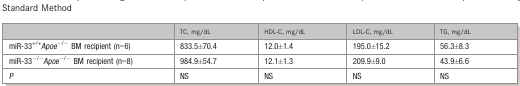
<table><thead><tr><td></td><td><b>TC, mg/dL</b></td><td><b>HDL-C, mg/dL</b></td><td><b>LDL-C, mg/dL</b></td><td><b>TG, mg/dL</b></td></tr></thead><tbody><tr><td>miR-33<sup>+/+</sup><i>Apoe</i><sup>−/−</sup> BM recipient (n=6)</td><td>833.5±70.4</td><td>12.0±1.4</td><td>195.0±15.2</td><td>56.3±8.3</td></tr><tr><td>miR-33<sup>−/−</sup><i>Apoe</i><sup>−/−</sup> BM recipient (n=8)</td><td>984.9±54.7</td><td>12.1±1.3</td><td>209.9±9.0</td><td>43.9±6.6</td></tr><tr><td><i>P</i></td><td>NS</td><td>NS</td><td>NS</td><td>NS</td></tr></tbody></table>